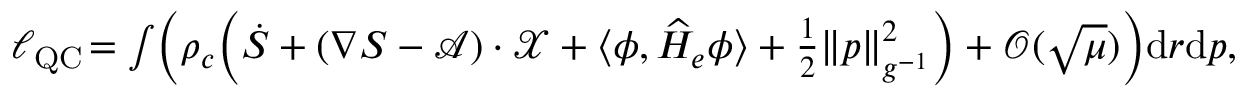
\begin{array} { r } { \ell _ { \operatorname { Q C } } \! = \int \! \bigg ( \rho _ { c } \Big ( \dot { S } + ( \nabla S - \mathcal { A } ) \cdot \mathcal { X } + \langle \phi , \widehat H _ { e } \phi \rangle + \frac { 1 } { 2 } \| p \| _ { g ^ { - 1 } } ^ { 2 } \Big ) + \mathcal { O } ( \sqrt { \mu } ) \bigg ) { \mathrm { d } } r { \mathrm { d } } p , } \end{array}